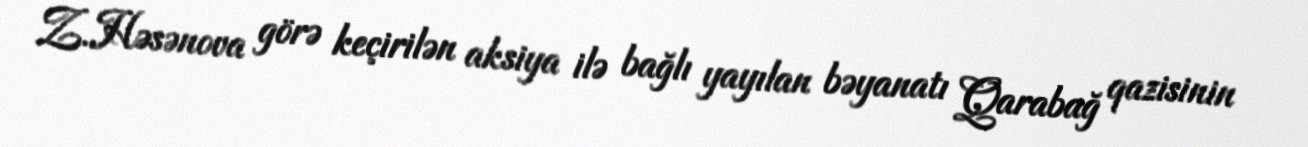
Z.Həsənova görə keçirilən aksiya ilə bağlı yayılan bəyanatı Qarabağ qazisinin